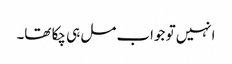
انہیں تو جواب مل ہی چکا تھا۔